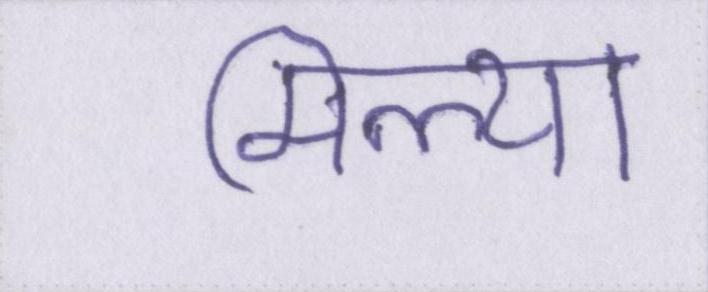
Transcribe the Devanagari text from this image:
मिल्या